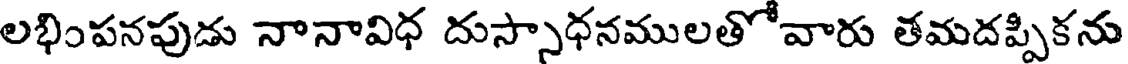
లభింపనపుడు నానావిధ దుస్సాధనములతోవారు తమదప్పికను